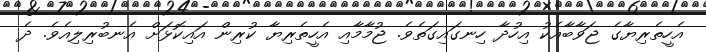
އެހީތެރިޔާގެ ޖަވާބާއެކު އިހުދާ ހިނގައިގަތެވެ. ޖުމާމާއި އެހީތެރިޔާ ކުރިން އައިކޮޅަށް އެނބުރިލިއެވެ. ދެ